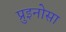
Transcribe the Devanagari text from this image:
प्रुइनोसा